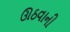
ઊઠવાની